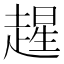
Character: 𫎻